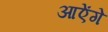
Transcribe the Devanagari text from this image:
आऐंगे